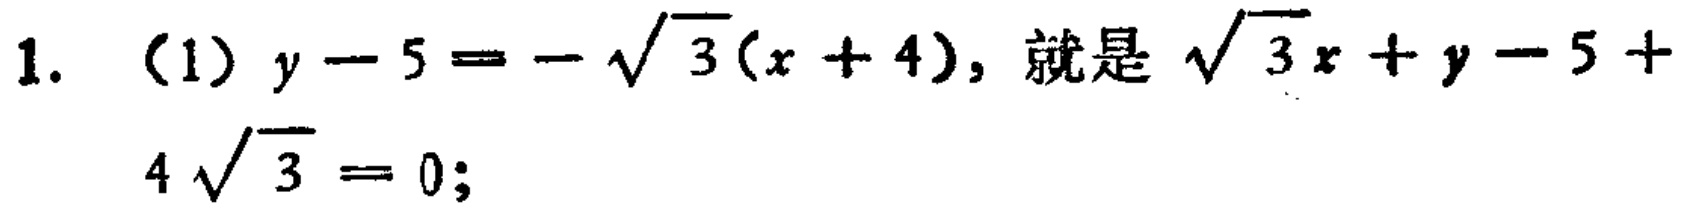
1. (1) \(y - 5 = -\sqrt{3}(x + 4)\), 就是 \(\sqrt{3}x + y - 5 + 4\sqrt{3}=0\);